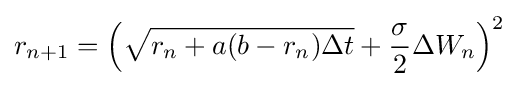
r_{n+1}=\left({\sqrt {r_{n}+a(b-r_{n})\Delta t}}+{\frac {\sigma }{2}}\Delta W_{n}\right)^{2}